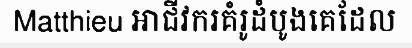
Matthieu អាជីវករគំរូដំបូងគេដែល